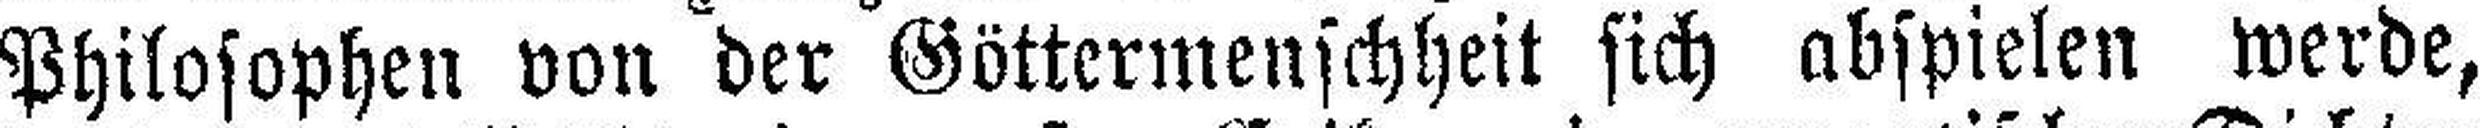
Philosophen von der Göttermenschheit sich abspielen werde,